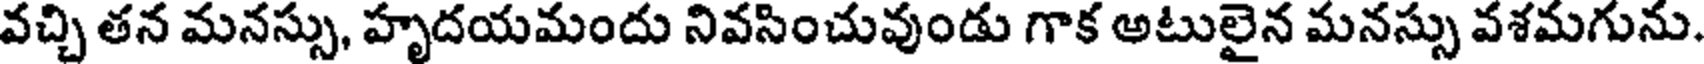
వచ్చి తన మనస్సు, హృదయమందు నివసించువుండు గాక అటులైన మనస్సు వశమగును.